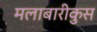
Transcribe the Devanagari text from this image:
मलाबारीकुस